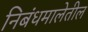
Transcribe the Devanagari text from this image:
निबंधमालेतील